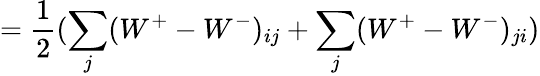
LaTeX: =\frac{1}{2}(\sum_{j}(W^{+}-W^{-})_{ij}+\sum_{j}(W^{+}-W^{-})_{ji})